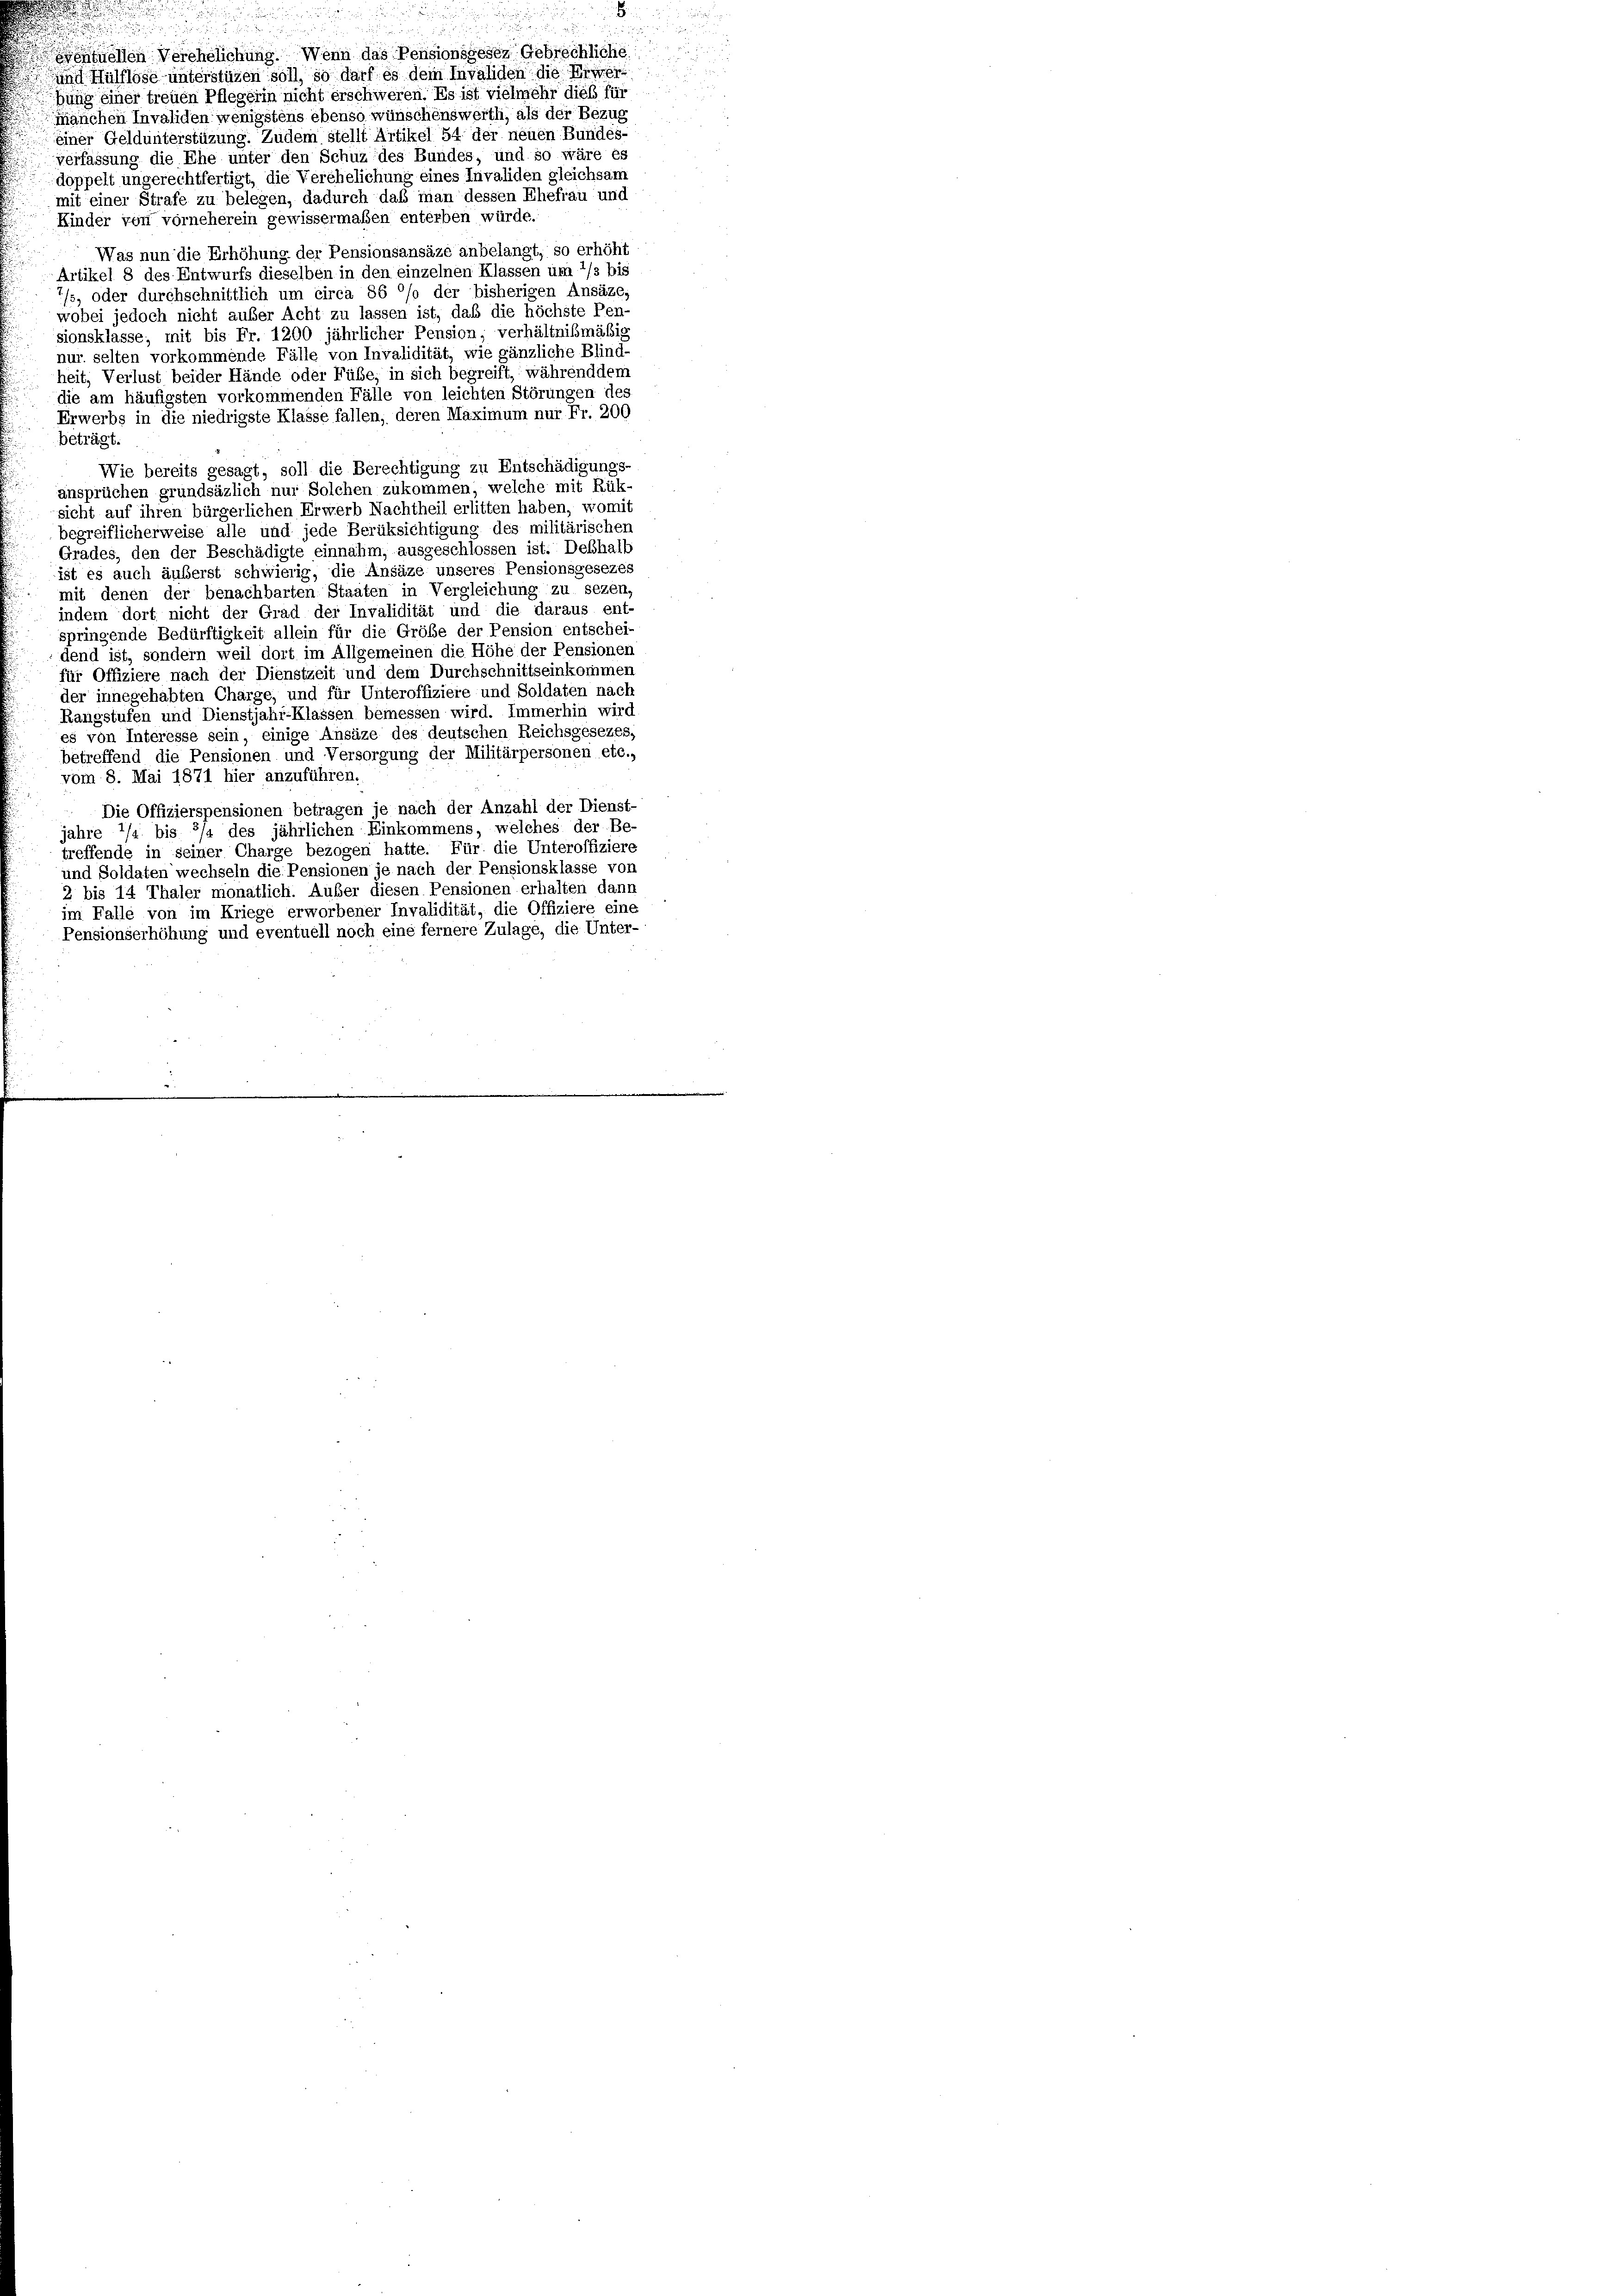
.
hnellen Verehelichung. Wenn das Pensionsgeses Gebrechliche
und Hülflöse unterstüzen soll, so darf es dem Invaliden die Erwer
bung einer treuen Pflegerin nicht erschweren. Es ist vielmehr dieß für
manchen Invaliden wenigstens ebenso wünschenswertli, als der Bezug
einer Geldunterstüzung. Zudem stellt Artikel 54 der neuen Bundes-
verfassung die Ehe unter den Schuz des Bundes, und so wäre es
doppelt ungerechtfertigt, die Verehelichung eines Invaliden gleichsam
mit einer Strafe zu belegen, dadurch daß man dessen Ehefrau und
Kinder von vorneherein gewissermaßen enterben würde.
Was nun die Erhöhung der Pensionsansäze anbelangt, so erhöht
Artikel 8 des Entwurfs dieselben in den einzelnen Klassen um 1/3 bis
7/5, oder durchschnittlich um circa 86 °/o der bisherigen Ansäze,
wobei jedoch nicht außer Acht zu lassen ist, daß die höchste Pen-
sionsklasse; mit bis Fr. 1200 jährlicher Pension; verhältnißmäßig
nur selten vorkommende Fälle von Invalidität, wie gänzliche Blind-
heit, Verlust beider Hände oder Fülle, in sich begreift, während dem
die am häufigsten vorkommenden Fälle von leichten Störungen des
Erwerbs in die niedrigste Klasse fallen, deren Maximum nur Fr. 200
beträgt.
Wie bereits gesagt, soll die Berechtigung zu Entschädigungs-
ansprüchen grundsäzlich nur Solchen zukommen, welche mit Rük-
sicht auf ihren bürgerlichen Erwerb Nachtheil erlitten haben, womit
begreiflicherweise alle und jede Berüksichtigung des militärischen
Grades, den der Beschädigte einnahm, ausgeschlossen ist. Deßhalb
ist es auch äußerst schwierig, die Ansäze unseres Pensionsgesezes
mit denen der benachbarten Staaten in Vergleichung zu sezen.
indem dort nicht der Grad der Invalidität und die daraus ent-
springende Bedürftigkeit allein für die Größe der Pension entschei-
dend ist, sondern weil dort im Allgemeinen die Höhe der Pensionen
für Offiziere nach der Dienstzeit und dem Durchschnittseinkommen
der innegehabten Charge, und für Unteroffiziere und Soldaten nach
Rangstufen und Dienstjahr-Klassen bemessen wird. Immerhin wird
es von Interesse sein, einige Ansäze des deutschen Reichsgesezes,
betreffend die Pensionen und Versorgung der Militärpersonen etc.,
vom 8. Mai 1871 hier anzuführen.
Die Offizierspensionen betragen je nach der Anzahl der Dienst-
jahre 1/2 bis 3/4 des jährlichen Einkommens, welches der Be-
treffende in seiner Charge bezogen hatte. Für die Unteroffiziere
und Soldaten wechseln die Pensionen je nach der Pensionsklasse von
2 bis 14 Thaler monatlich. Außer diesen Pensionen erhalten dann
im Falle von im Kriege erworbener Invalidität, die Offiziere eine
Pensionserhöhung und eventuell noch eine fernere Zulage, die Unter-